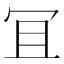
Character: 冝